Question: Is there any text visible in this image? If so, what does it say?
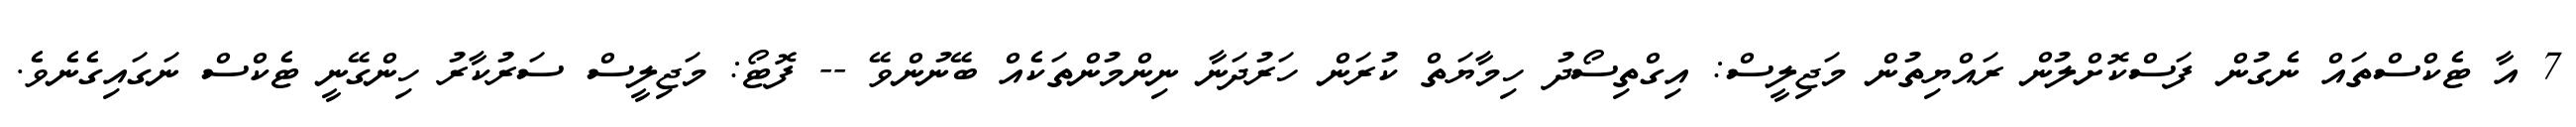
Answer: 7 އާ ޓެކްސްތައް ނެގުން ފަސްކޮށްލުން ރައްޔިތުން މަޖިލީސް: އިގްތިސޯދު ހިމާޔަތް ކުރަން ހަރުދަނާ ނިންމުންތަކެއް ބޭނުންވޭ -- ފޮޓޯ: މަޖިލީސް ސަރުކާރު ހިންގޭނީ ޓެކްސް ނަގައިގެނެވެ.